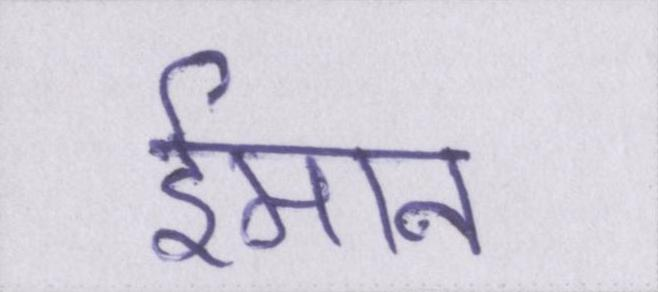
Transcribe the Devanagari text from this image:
ईमान